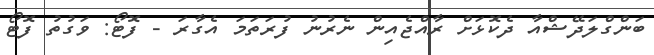
ބަންގްލަދޭޝްްއާ ދެކޮޅަށް ރާއްޖެއިން ނެރުނު ފުރަތަމަ އެގާރަ - ފޮޓޯ: ވަގުތު ފޮޓޯ